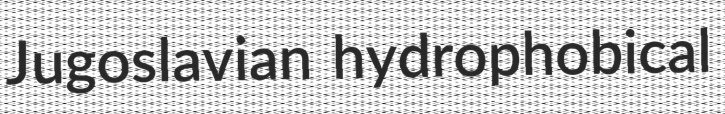
Jugoslavian hydrophobical